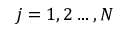
j = 1 , 2 \dots , N